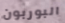
البوربون